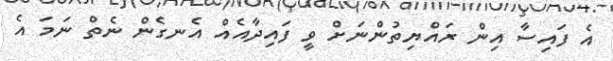
އެ ފައިސާ އިން ރައްޔިތުންނަށް ވީ ފައިދާއެއް އެނގެން ނެތް ނަމަ އެ